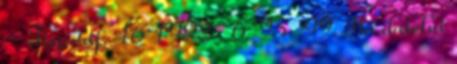
= Tiszatáj. 46 1992 . 6: 95-99. Ha dalolni